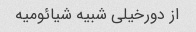
از دورخیلی شبیه شیائومیه